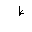
Letter: _da